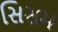
સિસમ